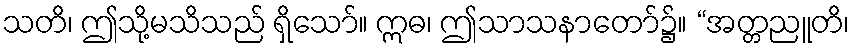
သတိ၊ ဤသို့မသိသည် ရှိသော်။ ဣဓ၊ ဤသာသနာတော်၌။ “အတ္တညူတိ၊